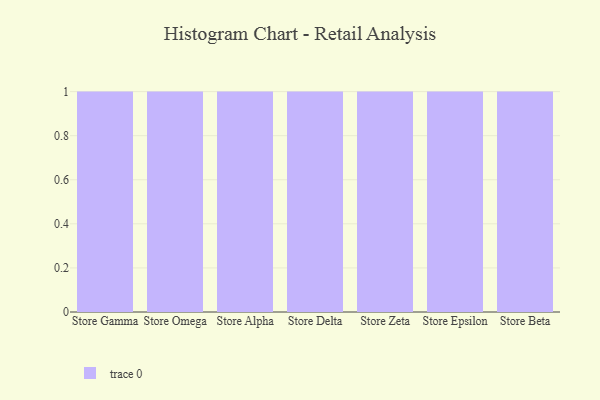
{"axis": {"x": "Store", "y": "LTV (USD)"}, "legend": [""], "data": [{"x": "Store Gamma", "y": 74, "type": ""}, {"x": "Store Omega", "y": 10, "type": ""}, {"x": "Store Alpha", "y": 64, "type": ""}, {"x": "Store Delta", "y": 80, "type": ""}, {"x": "Store Zeta", "y": 17, "type": ""}, {"x": "Store Epsilon", "y": 72, "type": ""}, {"x": "Store Beta", "y": 82, "type": ""}]}